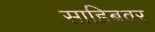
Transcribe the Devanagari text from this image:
साहिबवर